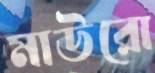
মাউরো